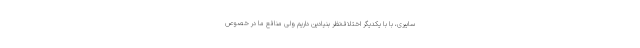
سایبری، با با یکدیگر اختلاف‌نظر بنیادین داریم ولی منافع ما در خصوص